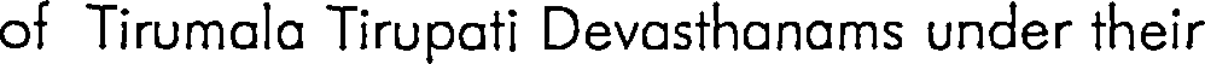
of Tirumala Tirupati Devasthanams under their